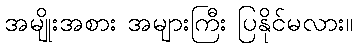
အမျိုးအစား အများကြီး ပြနိုင်မလား။